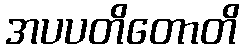
အပပတိတောတိ